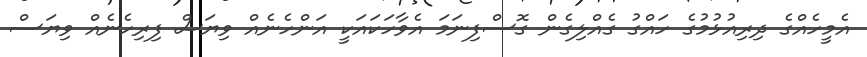
އެމީހެއްގެ ދިރިއުޅުމުގެ ހައްގު ގެއްލިގެން ގޮސްފިނަމަ އެވާހަކައަކީ އަންހެނެއް ވިޔަސް ފިރިހެނެއް ވިޔަސް